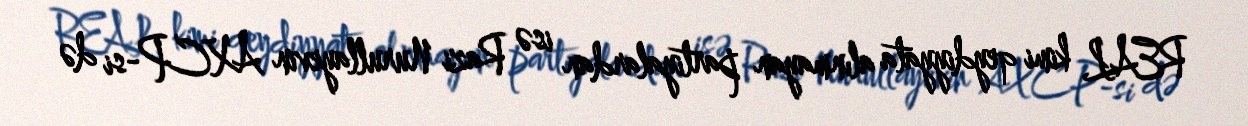
REAL kimi qeydiyyata alınmayan partiyalardan isə Razi Nurullayevin AXCP-si də